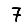
Digit: 7